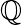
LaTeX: \sf{\mathbb{Q}}